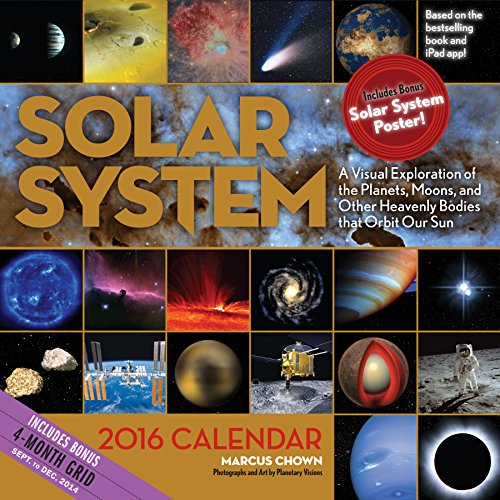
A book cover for Solar System 2016 Calendar: A Visual Exploration of the Planets, Moons and Other Heavenly Bodies That Orbit Our Sun; Marcus Chown; Science & Math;